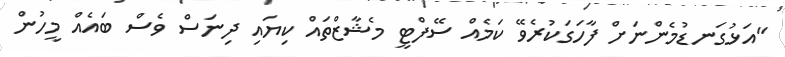
"އަޅުގަނޑުމެންނަށް ފާހަގަކުރެވޭ ކަމެއް ސޭފްޓީ މެޝާޒްތައް ކިޔައި ދިނަސް ވެސް ބައެއް މީހުން